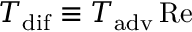
T _ { \mathrm { d i f } } \equiv T _ { \mathrm { a d v } } \, \mathrm { R e }